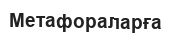
Метафораларға